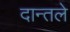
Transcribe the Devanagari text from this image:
दान्तले